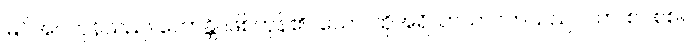
မြင်အပ်ကုန်သည်။ ဟောန္တိ၊ ဖြစ်ကုန်၏။ သော၊ ထိုအရိယာသာဝကသည်။ ဝတ၊ စင်စစ်။